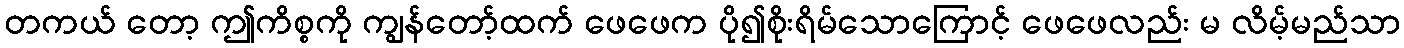
တကယ် တော့ ဤကိစ္စကို ကျွန်တော့်ထက် ဖေဖေက ပို၍စိုးရိမ်သောကြောင့် ဖေဖေလည်း မ လိမ့်မည်သာ